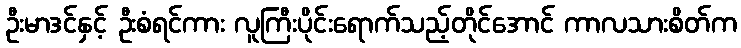
ဦးမာဒင်နှင့် ဦးစံရင်ကား လူကြီးပိုင်းရောက်သည့်တိုင်အောင် ကာလသားစိတ်က